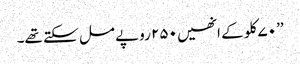
’’۷۰ کلو کے انھیں ۲۵۰ روپے مل سکتے تھے۔